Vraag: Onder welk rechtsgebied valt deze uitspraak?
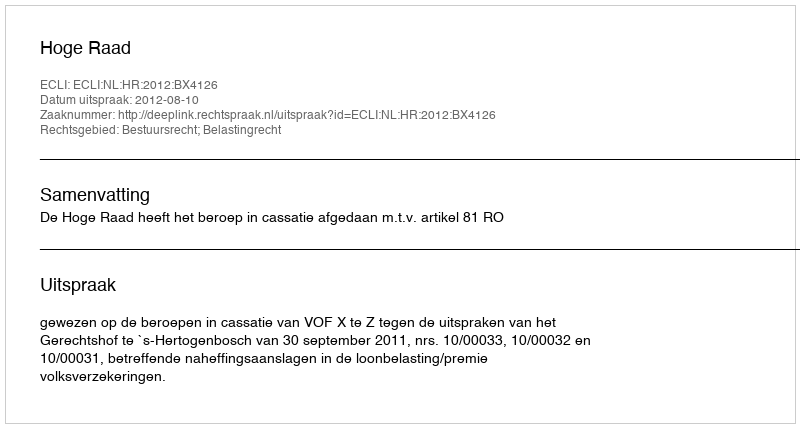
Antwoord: Bestuursrecht; Belastingrecht